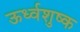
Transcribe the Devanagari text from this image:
ऊर्ध्वशुष्क